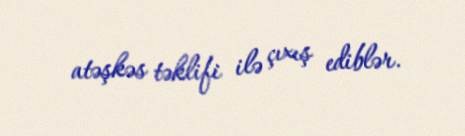
atəşkəs təklifi ilə çıxış ediblər.